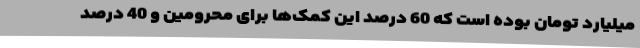
میلیارد تومان بوده است که 60 درصد این کمک‌ها برای محرومین و 40 درصد